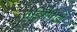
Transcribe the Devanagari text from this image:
तड़िगैपाड़ी